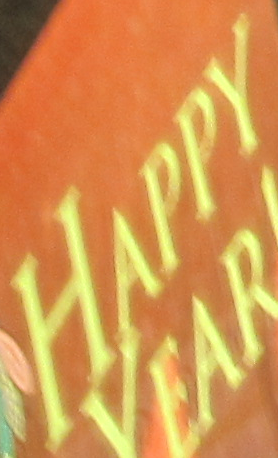
HAPPY